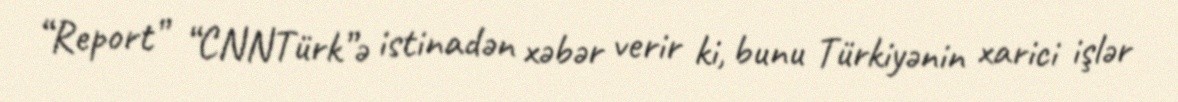
“Report” “CNNTürk”ə istinadən xəbər verir ki, bunu Türkiyənin xarici işlər